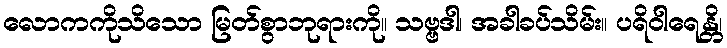
လောကကိုသိသော မြတ်စွာဘုရားကို။ သဗ္ဗဒါ၊ အခါခပ်သိမ်း။ ပရိဝါရေန္တိ၊